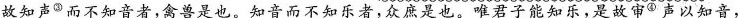
故知声③而不知音者，禽兽是也。知音而不知乐者，众庶是也。唯君子能知乐，是故审④声以知音，